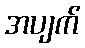
အပျက်